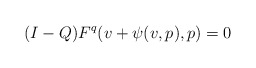
\begin{align*}(I-Q)F^q(v + \psi(v,p),p) = 0\end{align*}